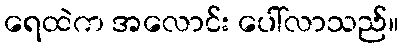
ရေထဲက အလောင်း ပေါ်လာသည်။